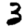
Digit: 3